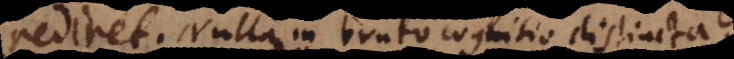
rediret. Nulla in bruto cognitio distincta?